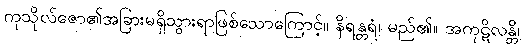
ကုသိုလ်ဇော၏အခြားမရှိသွားရာဖြစ်သောကြောင့်။ နိရန္တရံ၊ မည်၏။ အကုဋိလန္တိ၊